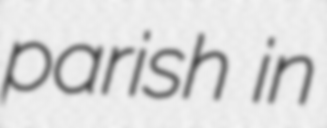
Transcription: parish in